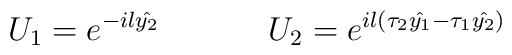
U_1=e^{-il\hat{y_2}}~~~~~~~~~~U_2=e^{il(\tau_2\hat{y_1}-\tau_1\hat{y_2})}